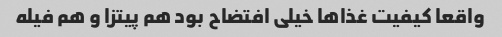
واقعا کیفیت غذاها خیلی افتضاح بود هم پیتزا و هم فیله